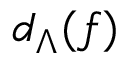
d _ { \Lambda } ( f )